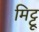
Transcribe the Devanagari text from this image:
मिट्टू